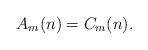
LaTeX: \begin{align*}A_m(n) = C_m(n).\end{align*}